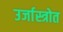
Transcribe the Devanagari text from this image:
उर्जास्त्रोत